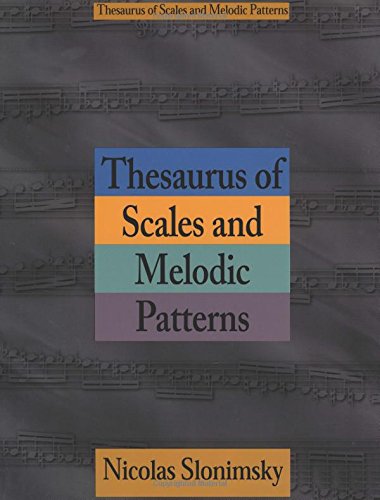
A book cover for Thesaurus of Scales and Melodic Patterns (Text); Nicolas Slonimsky; Arts & Photography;